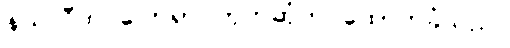
နယ်လီက ပြောရာ ဘုတ်ဆုံက ထောက်ခံသည်။